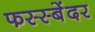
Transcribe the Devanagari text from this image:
फस्स्बेंदर